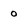
Character: o